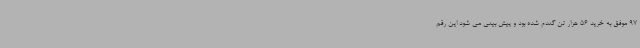
97 موفق به خرید 56 هزار تن گندم شده بود و پیش بینی می شود این رقم